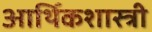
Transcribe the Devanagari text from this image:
आर्थिकशास्त्री